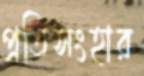
প্রতিসংহার